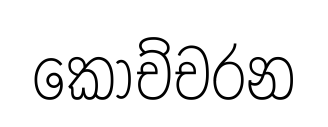
කොච්චරන